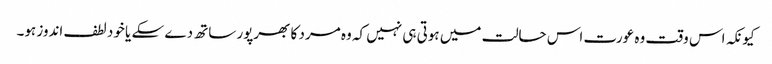
کیونکہ اس وقت وہ عورت اس حالت میں ہوتی ہی نہیں کہ وہ مرد کا بھرپور ساتھ دے سکے یا خود لطف اندوز ہو۔